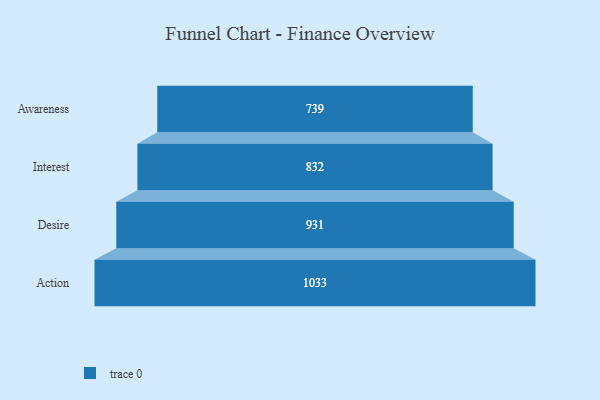
{"axis": {"x": "Stage", "y": "Value"}, "legend": [""], "data": [{"x": "Awareness", "y": 739.0, "type": ""}, {"x": "Interest", "y": 832.0, "type": ""}, {"x": "Desire", "y": 931.0, "type": ""}, {"x": "Action", "y": 1033.0, "type": ""}]}